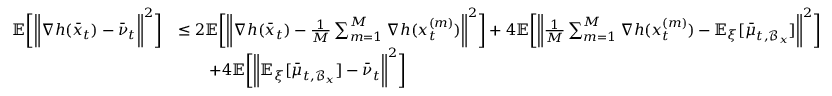
\begin{array} { r l } { \mathbb { E } \bigg [ \bigg \| \nabla h ( \bar { x } _ { t } ) - \bar { \nu } _ { t } \bigg \| ^ { 2 } \bigg ] } & { \leq 2 \mathbb { E } \bigg [ \bigg \| \nabla h ( \bar { x } _ { t } ) - \frac { 1 } { M } \sum _ { m = 1 } ^ { M } \nabla h ( x _ { t } ^ { ( m ) } ) \bigg \| ^ { 2 } \bigg ] + 4 \mathbb { E } \bigg [ \bigg \| \frac { 1 } { M } \sum _ { m = 1 } ^ { M } \nabla h ( x _ { t } ^ { ( m ) } ) - \mathbb { E } _ { \xi } [ \bar { \mu } _ { t , \mathcal { B } _ { x } } ] \bigg \| ^ { 2 } \bigg ] } \\ & { \qquad + 4 \mathbb { E } \bigg [ \bigg \| \mathbb { E } _ { \xi } [ \bar { \mu } _ { t , \mathcal { B } _ { x } } ] - \bar { \nu } _ { t } \bigg \| ^ { 2 } \bigg ] } \end{array}